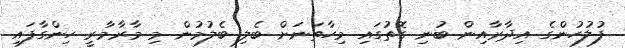
ފުލުހުންގެ އިދާރާއިން ބުނި ގޮތުގައި މިހާތަނަށް ބެލި ބެލުމުން މި މާރާމާރީ ހިންގާފައި